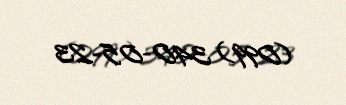
(099) 340-05-23